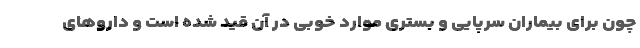
چون برای بیماران سرپایی و بستری موارد خوبی در آن قید شده است و داروهای